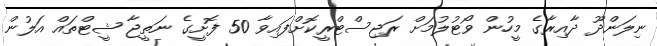
ނިލަންދޫ ދާއިރާގެ މީހުން ވޯޓުލުމަށް ރަޖިސްޓްރީކޮށްފައިވާ 50 ފޮށީގެ ނަތީޖާ ޝީޓްތައް އަލުން